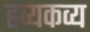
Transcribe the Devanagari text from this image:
हव्यकव्य